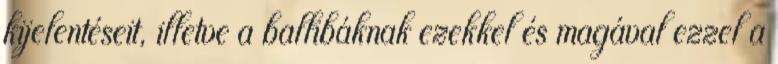
kijelentéseit, illetve a ballibáknak ezekkel és magával ezzel a